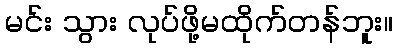
မင်း သွား လုပ်ဖို့မထိုက်တန်ဘူး။